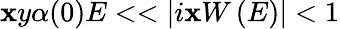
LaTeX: \mathbf{x}y\alpha(0)E<<|i\mathbf{x}W\left(E\right)|<1